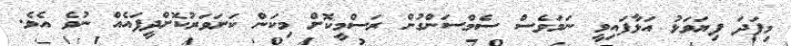
މިފަދަ ފިޔަވަޅު އަޅާފައިވީ ނަމަވެސް ސެމްސަންގުން ރަސްމީކޮށް މިކަން ކަށަވަރުކޮށްދީފައެއް ނުވެ އެވެ.